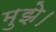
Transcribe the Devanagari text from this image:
मुझे।